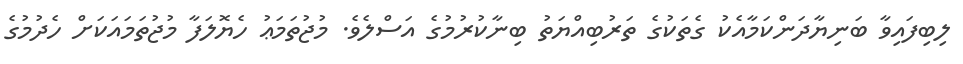
ލިބިފައިވާ ބަނިޔާދަންކަމާއެކު ގެތަކުގެ ތަރުބިއްޔަތު ބިނާކުރުމުގެ އަސްލެވެ. މުޖުތަމަޢު ހެޔޮލަފާ މުޖުތަމައަކަށް ހެދުމުގެ